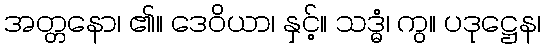
အတ္တနော၊ ၏။ ဒေဝိယာ၊ နှင့်။ သဒ္ဓံ၊ ကွ။ ပဒုဋ္ဌေန၊